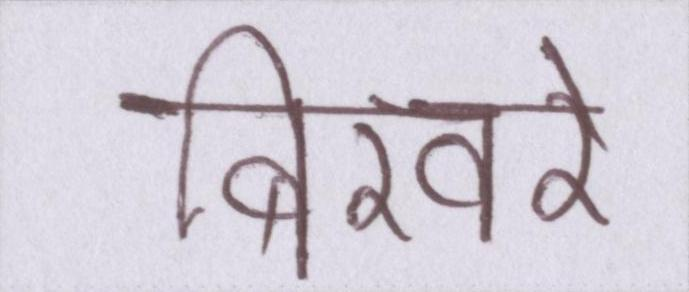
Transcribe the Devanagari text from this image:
बिखरे